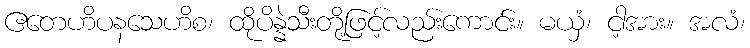
ဧတေဟိပနသေဟိစ၊ ထိုပိန္နဲသီးတို့ဖြင့်လည်းကောင်း။ မယှံ၊ ငါ့အား။ အလံ၊